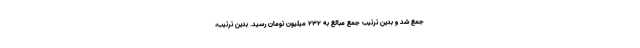
جمع شد و بدین ترتیب جمع مبالغ به 232 میلیون تومان رسید. بدین ترتیب،